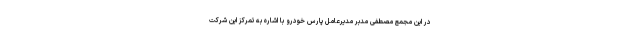
در این مجمع مصطفی مدبر مدیرعامل پارس خودرو با اشاره به تمرکز این شرکت